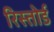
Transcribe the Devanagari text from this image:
रिस्तोर्ड